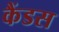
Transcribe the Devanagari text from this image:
कैंडस